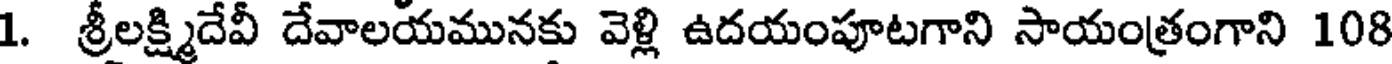
1. శ్రీలక్ష్మిదేవీ దేవాలయమునకు వెళ్లి ఉదయంపూటగాని సాయంత్రంగాని 108